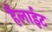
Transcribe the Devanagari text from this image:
हैलाईट